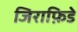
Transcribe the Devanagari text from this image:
जिराफ़िडे